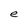
Character: e